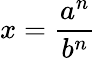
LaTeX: x={\frac{a^{n}}{b^{n}}}